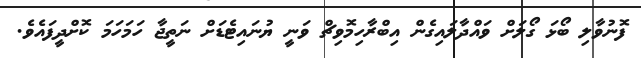
ފޮނުވާލި ބޯޅަ ގޯލަށް ވައްދާލައިގެން އިބްރާހިމޮވިޗް ވަނީ ޔުނައިޓެޑަށް ނަތީޖާ ހަމަހަމަ ކޮށްދީފައެވެ.